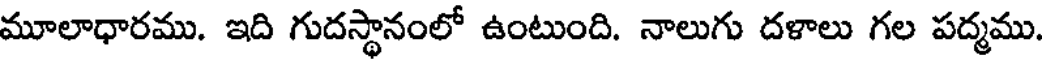
మూలాధారము. ఇది గుదస్థానంలో ఉంటుంది. నాలుగు దళాలు గల పద్మము.